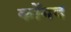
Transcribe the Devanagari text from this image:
कोंगद